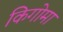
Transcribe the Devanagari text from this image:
किगोमा